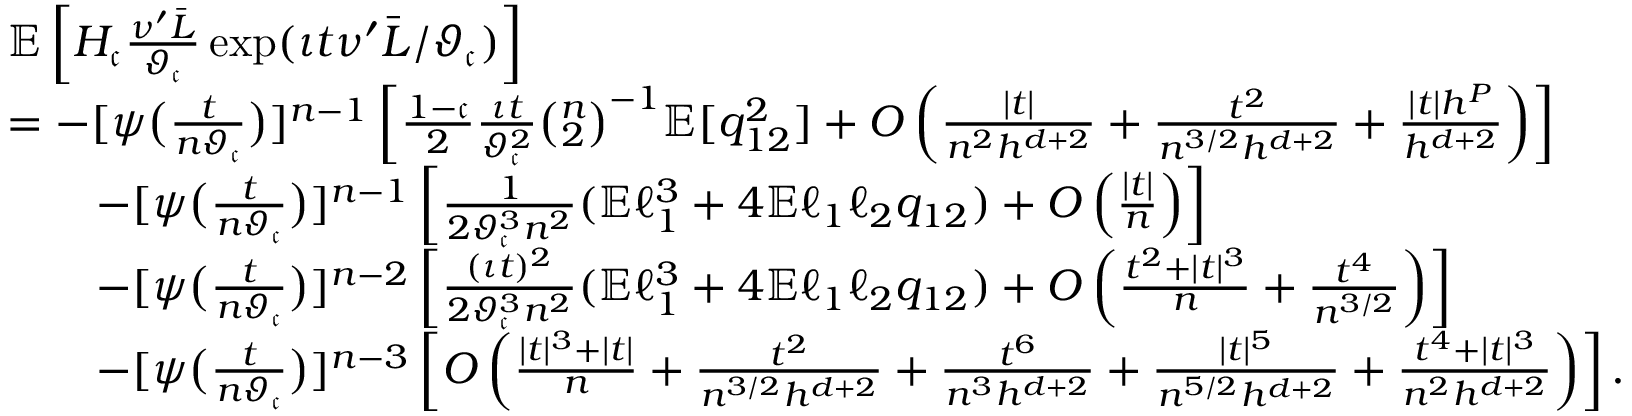
\begin{array} { r l } & { \mathbb { E } \left[ H _ { \mathfrak { c } } \frac { \nu ^ { \prime } \bar { L } } { \vartheta _ { \mathfrak { c } } } \exp ( \iota t \nu ^ { \prime } \bar { L } / \vartheta _ { \mathfrak { c } } ) \right] } \\ & { = - [ \psi \big ( \frac { t } { n \vartheta _ { \mathfrak { c } } } \big ) ] ^ { n - 1 } \left[ \frac { 1 - \mathfrak { c } } { 2 } \frac { \iota t } { \vartheta _ { \mathfrak { c } } ^ { 2 } } \binom { n } { 2 } ^ { - 1 } \mathbb { E } [ q _ { 1 2 } ^ { 2 } ] + O \left( \frac { | t | } { n ^ { 2 } h ^ { d + 2 } } + \frac { t ^ { 2 } } { n ^ { 3 / 2 } h ^ { d + 2 } } + \frac { | t | h ^ { P } } { h ^ { d + 2 } } \right) \right] } \\ & { \qquad - [ \psi \big ( \frac { t } { n \vartheta _ { \mathfrak { c } } } \big ) ] ^ { n - 1 } \left[ \frac { 1 } { 2 \vartheta _ { \mathfrak { c } } ^ { 3 } n ^ { 2 } } ( \mathbb { E } \ell _ { 1 } ^ { 3 } + 4 \mathbb { E } \ell _ { 1 } \ell _ { 2 } q _ { 1 2 } ) + O \left( \frac { | t | } { n } \right) \right] } \\ & { \qquad - [ \psi \big ( \frac { t } { n \vartheta _ { \mathfrak { c } } } \big ) ] ^ { n - 2 } \left[ \frac { ( \iota t ) ^ { 2 } } { 2 \vartheta _ { \mathfrak { c } } ^ { 3 } n ^ { 2 } } ( \mathbb { E } \ell _ { 1 } ^ { 3 } + 4 \mathbb { E } \ell _ { 1 } \ell _ { 2 } q _ { 1 2 } ) + O \left( \frac { t ^ { 2 } + | t | ^ { 3 } } { n } + \frac { t ^ { 4 } } { n ^ { 3 / 2 } } \right) \right] } \\ & { \qquad - [ \psi \big ( \frac { t } { n \vartheta _ { \mathfrak { c } } } \big ) ] ^ { n - 3 } \left[ O \left( \frac { | t | ^ { 3 } + | t | } { n } + \frac { t ^ { 2 } } { n ^ { 3 / 2 } h ^ { d + 2 } } + \frac { t ^ { 6 } } { n ^ { 3 } h ^ { d + 2 } } + \frac { | t | ^ { 5 } } { n ^ { 5 / 2 } h ^ { d + 2 } } + \frac { t ^ { 4 } + | t | ^ { 3 } } { n ^ { 2 } h ^ { d + 2 } } \right) \right] . } \end{array}